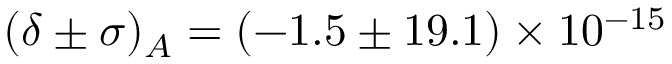
( \delta \pm \sigma ) _ { A } = ( - 1 . 5 \pm 1 9 . 1 ) \times 1 0 ^ { - 1 5 }